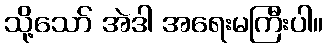
သို့သော် အဲဒါ အရေးမကြီးပါ။